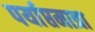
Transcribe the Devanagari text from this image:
पर्याप्तमात्रा